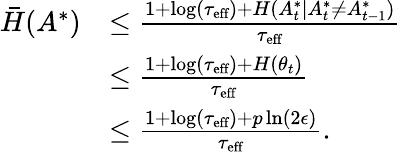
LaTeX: \begin{array}{rl}{\bar{H}(A^{*})}&{\leq\frac{1+\log(\tau_{\textup{eff}})+H(A_{t}^{*}|A_{t}^{*}\ne A_{t-1}^{*})}{\tau_{\textup{eff}}}}\\ &{\leq\frac{1+\log(\tau_{\textup{eff}})+H(\theta_{t})}{\tau_{\textup{eff}}}}\\ &{\leq\frac{1+\log(\tau_{\textup{eff}})+p\ln(2\epsilon)}{\tau_{\textup{eff}}}.}\end{array}